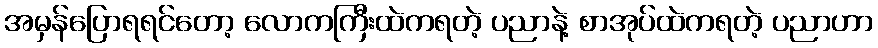
အမှန်ပြောရရင်တော့ လောကကြီးထဲကရတဲ့ ပညာနဲ့ စာအုပ်ထဲကရတဲ့ ပညာဟာ